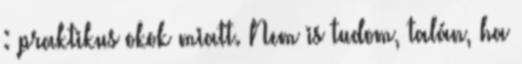
: praktikus okok miatt. Nem is tudom, talán, ha